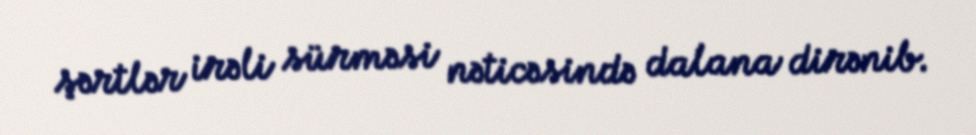
şərtlər irəli sürməsi nəticəsində dalana dirənib.